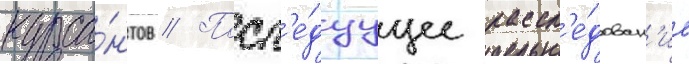
курса́нтов // Посл'е́дуущее рассл'е́дован'ие